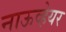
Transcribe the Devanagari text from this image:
नाऊव्हेयर